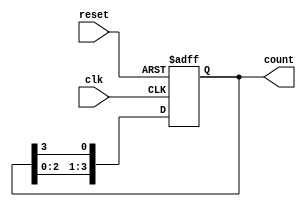
module ring_counter (
    input wire clk,         // Clock signal
    input wire reset,       // Asynchronous reset signal
    output reg [3:0] count  // 4-bit output for the ring counter
);

// Initial state
initial begin
    count = 4'b1000; // Starting with first flip-flop set
end

// Always block triggered on clock edge
always @(posedge clk or posedge reset) begin
    if (reset) begin
        // Asynchronous reset
        count <= 4'b1000; // Reset to initial state
    end else begin
        // Shift left the '1' in the ring counter
        count <= {count[2:0], count[3]}; // Circular shift
    end
end

endmodule